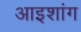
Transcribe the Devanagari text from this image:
आइशांग